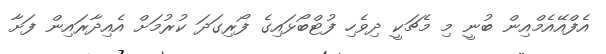
އެފްއޭއެމްއިން ބުނީ މި މެޗަކީ ދިވެހި ފުޓްބޯޅައިގެ ފޯރިގަދަ ކުރުމަށް އެއިދާރައިން ފަށާ